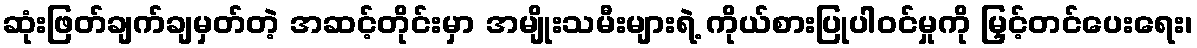
ဆုံးဖြတ်ချက်ချမှတ်တဲ့ အဆင့်တိုင်းမှာ အမျိုးသမီးများရဲ့ ကိုယ်စားပြုပါဝင်မှုကို မြှင့်တင်ပေးရေး၊